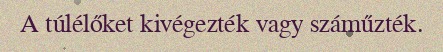
A túlélőket kivégezték vagy száműzték.